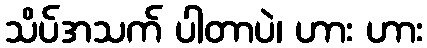
သိပ်အသက် ပါတာပဲ၊ ဟား ဟား